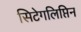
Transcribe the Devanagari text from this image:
सिटेगलिप्तिन